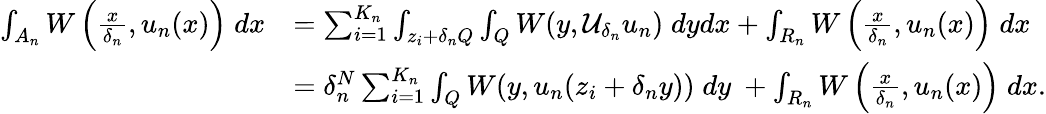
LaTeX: \begin{array}{rl}{\int_{A_{n}}{W\left(\frac{x}{\delta_{n}},u_{n}(x)\right)\; dx}}&{=\sum_{i=1}^{K_{n}}\int_{z_{i}+\delta_{n}Q}\int_{Q}W(y,\mathcal{U}_{\delta_{n}}u_{n})\; dydx+\int_{R_{n}}{W\left(\frac{x}{\delta_{n}},u_{n}(x)\right)\; dx}}\\ &{=\delta_{n}^{N}\sum_{i=1}^{K_{n}}\int_{Q}W(y,u_{n}(z_{i}+\delta_{n}y))\; dy\ +\int_{R_{n}}{W\left(\frac{x}{\delta_{n}},u_{n}(x)\right)\; dx}.}\end{array}